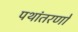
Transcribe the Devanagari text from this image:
पथांतरणों